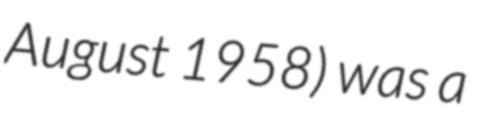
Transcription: August 1958) was a